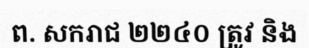
ព. សករាជ ២២៤០ ត្រូវ និង